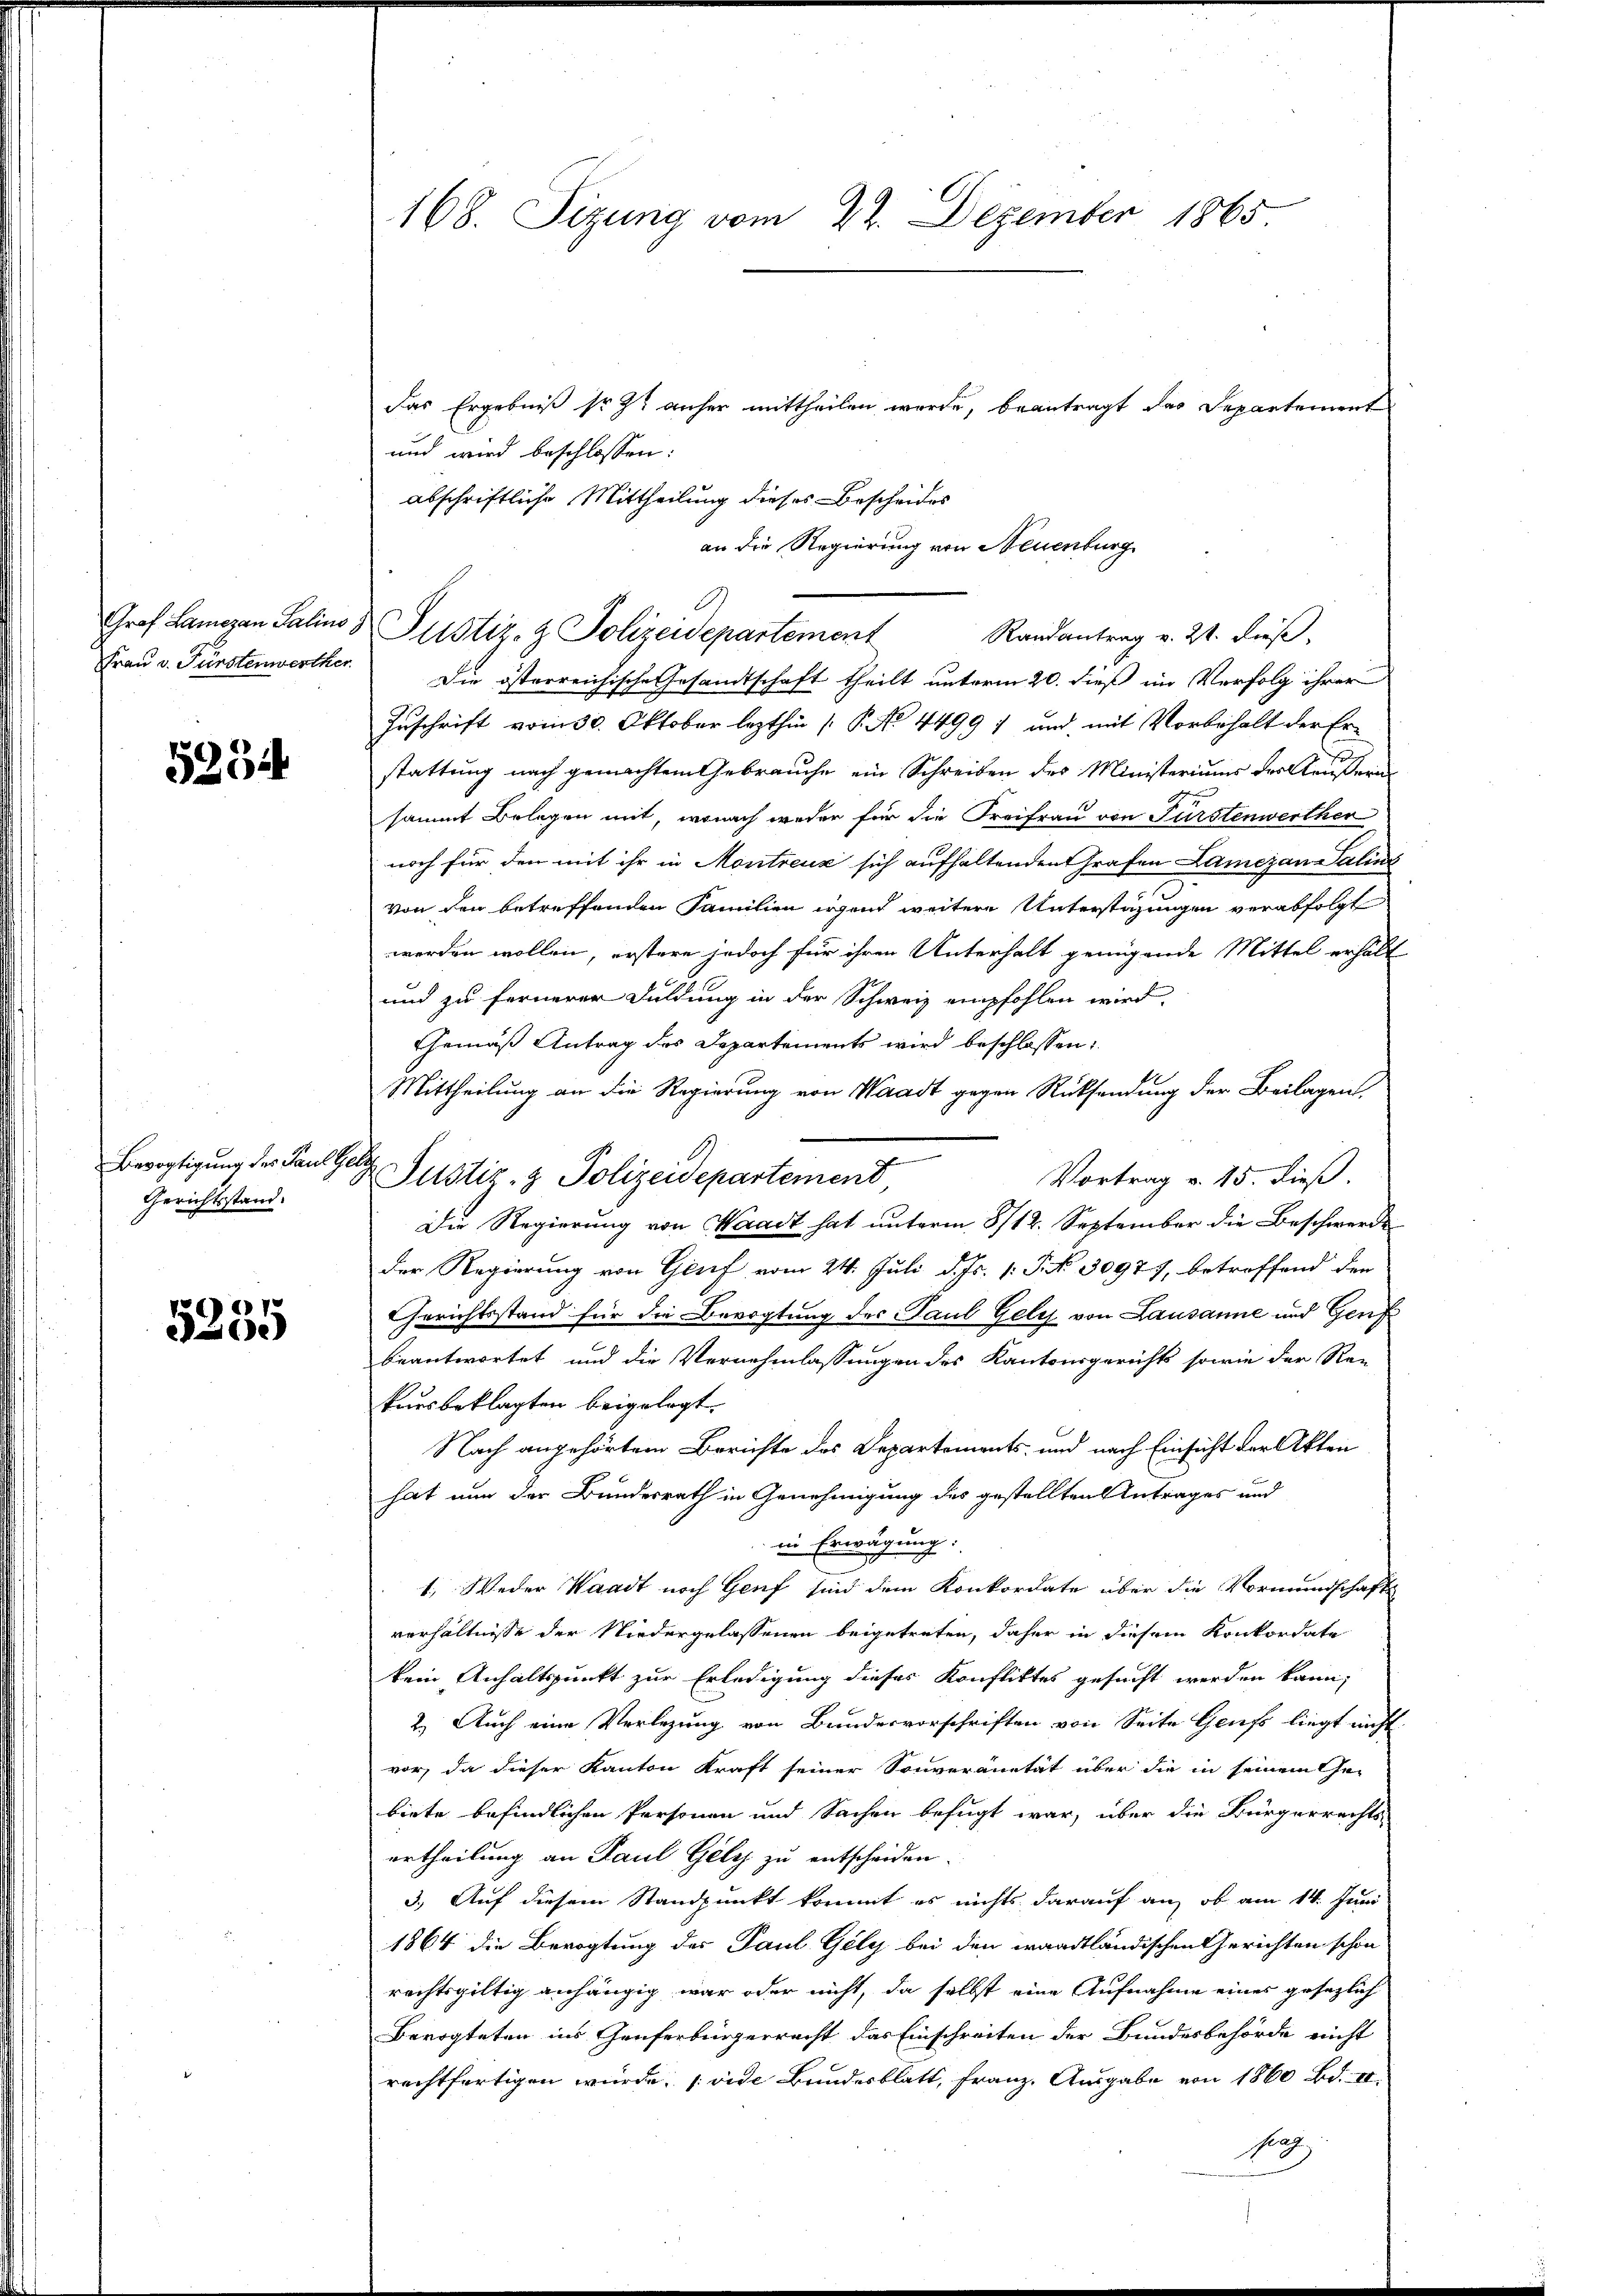
Graf Lamezan Salins
Frau v. Fürstenwerther

5254

Bevogtigung des Paul
Gerichtsstand.

5255

e

168. Sitzung vom 22. Dezember 1865

Das Ergebniß so et anher mittheilen wurde, beantragt das Departement
und wird beschlossen:
abschriftliche Mittheilung dieses Bescheides
an die Regierung von Neuenburg
Justiz- & Polizeidepartement
Randantrag v. 21. dieß,
Die österreichische Gesandtschaft theilt unterm 20. dieß im Verfolg ihrer
Zuschrift vom 30. Oktober lezthin  P. No 4499) und mit Vorbehalt der Erstattung nach gemachtem Gebrauche ein Schreiben des Ministeriums des Aeußernsammt Belegen mit, wonach weder für die Freifrau von Fürstenwerthen
noch für den mit ihr in Montreuz sich aufhaltenden Grafen Lamezan Salins
m
von den betreffenden Familien irgend weitere Unterstüzungen verabfolgt
werden wollen, erstere jedoch für ihren Unterhalt genügende Mittel erhält
und zu fernerer Duldung in der Schweiz empfohlen wird
Gemäß Antrag des Departements wird beschlossen:
Mittheilung an die Regierung von Waadt gegen Rücksendung der Beilagen,
 Justiz- & Polizeidepartement
Vortrag v. 15. dieß.
Die Regierung von Waadt hat unterm 8/12. September die Beschwerde
Der Regierung von Genf vom 24. Juli d. Js. [S. No. 30977, betroffend den
Gerichtsstand für die Bevogtung des Paul Geli von Lausanne und Genf
beantwortet und die Vernehmlassungen des Kantonsgerichts sowie der Re-
kursbeklagten beigelegt.
Nach angehörtem Berichte des Departements- und nach Einsicht der Akten
hat nun der Bundesrath in Genehmigung des gestellten Antrages und
in Erwägung.
1. Weder Waadt noch Genf sind dem Konkordate über die Vormundschaft
verhältnisse der Niedergelassenen beigetreten, daher in diesem Konkordate
kein Anhaltspunkt zur Erledigung dieses Konfliktes gesucht werden kann,
2. Auch eine Verlegung von Bundesvorschriften von Seite Genf liegt nicht
vor, da dieser Kanton Kraft seiner Souveranität über die in seinem Gebiete befindlichen Personen und Sachen befugt war, über die Bürgerrechts-
ertheilung an Paul Gely zu entscheiden.
3.) Auf diesem Standpunkt kommt es nichts darauf an, ob am 14. Juni
1864 die Bevogtung der Paul Gely bei den waadtländischen Gerichten schon
rechtsgültig anhängig war oder nicht, da selbst eine Aufnahme eines gesezlich
Bevogteten ins Genferbürgerrecht das Einschreiten der Bundesbehörde nicht
rechtfertigen würde. (vide Bundesblatt, Franz. Ausgabe von 1860 Bd.
Nah